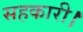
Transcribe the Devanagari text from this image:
सहकारी।